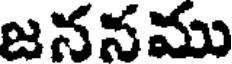
జననము